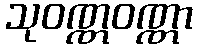
သုဝဏ္ဏဝဏ္ဏာ